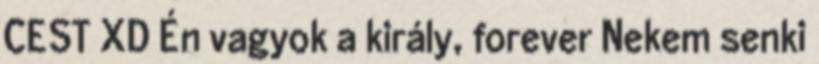
CEST XD Én vagyok a király, forever Nekem senki